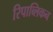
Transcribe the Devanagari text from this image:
रिपाब्लिकन